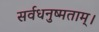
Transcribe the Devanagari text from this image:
सर्वधनुष्मताम्‌।